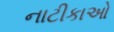
નાટીકાઓ